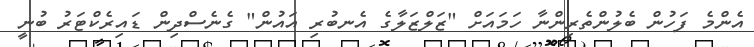
އެންމެ ފަހުން ބެލުންތެރިންނާ ހަމައަށް "ޒަލްޒަލާގެ އެނބުރި އައުން" ގެނެސްދިން ޑައިރެކްޓަރު ބުނީ